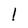
Character: l